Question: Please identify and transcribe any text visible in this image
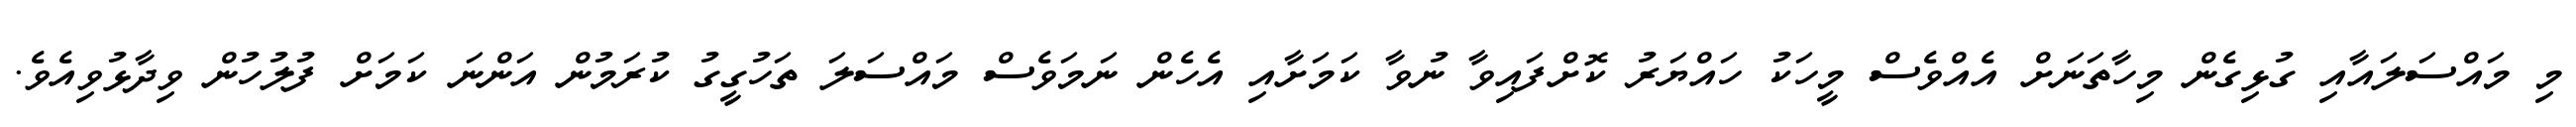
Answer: މި މައްސަލައާއި ގުޅިގެން މިހާތަނަށް އެއްވެސް މީހަކު ހައްޔަރު ކޮށްފައިވާ ނުވާ ކަމަށާއި އެހެން ނަމަވެސް މައްސަލަ ތަހުގީގު ކުރަމުން އަންނަ ކަމަށް ފުލުހުން ވިދާޅުވިއެވެ.